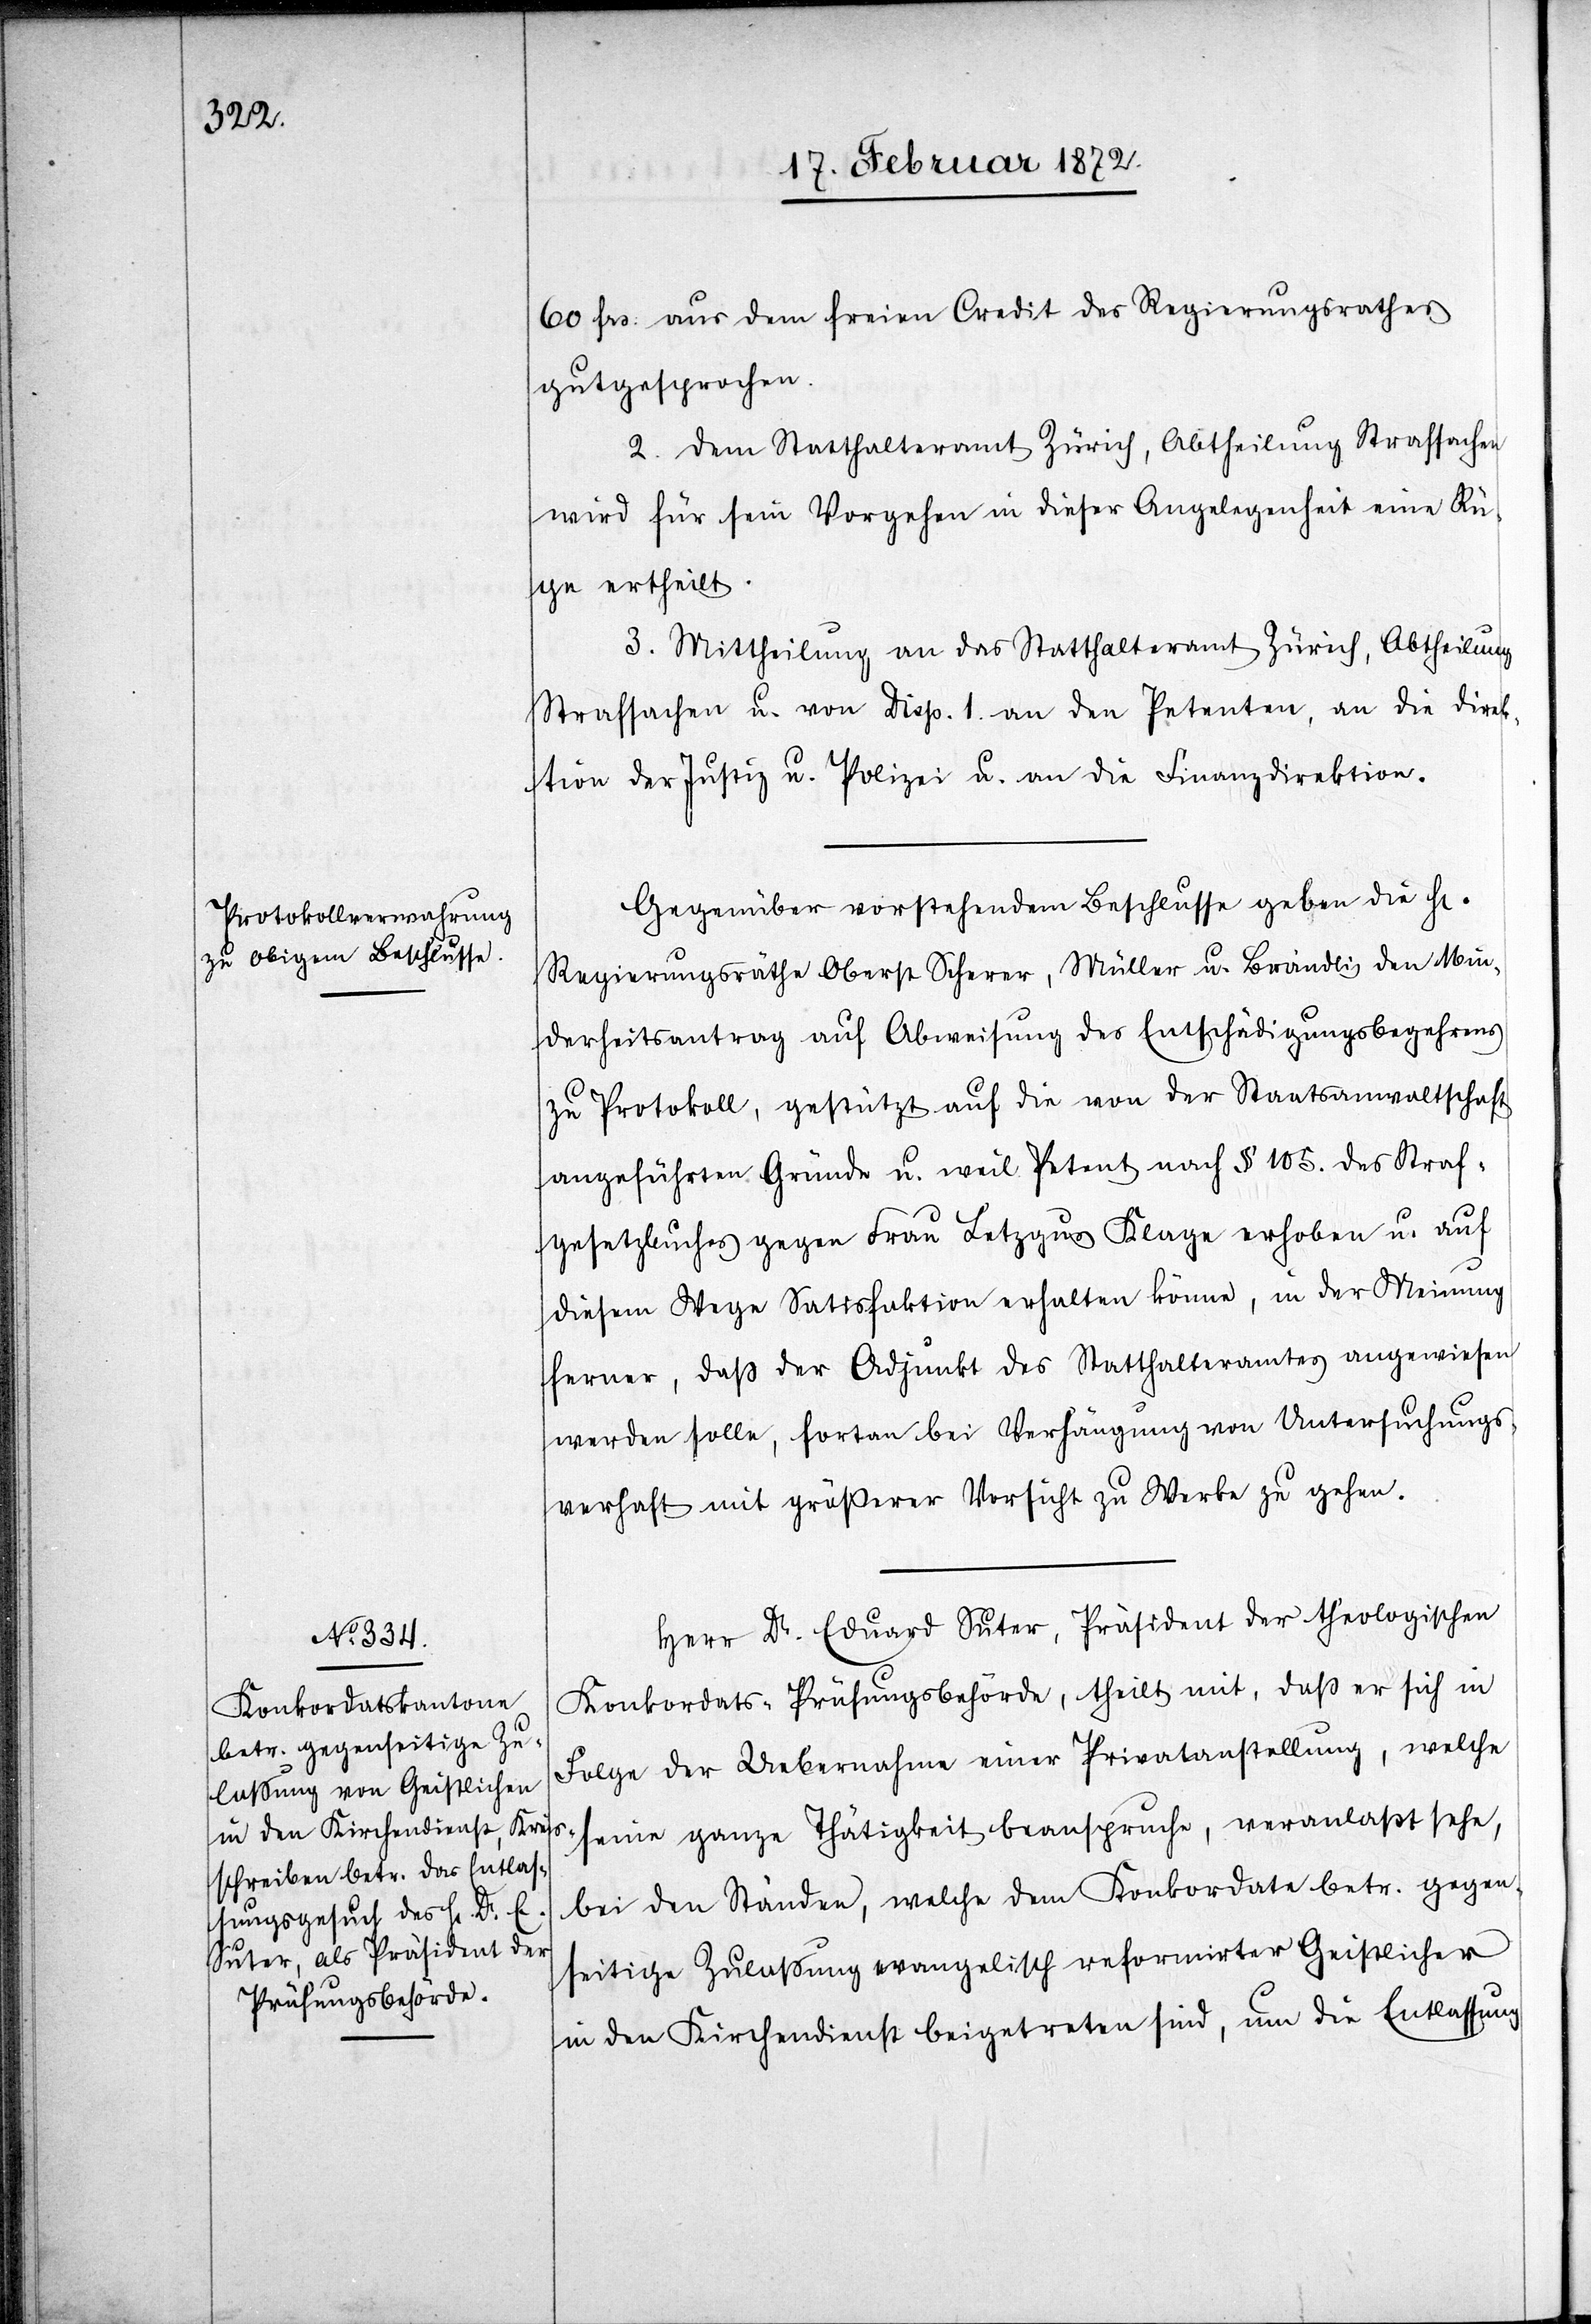
60 frs: aus dem freien Credit des Regierungsrathes
gutgesprochen.
2. Dem Statthalteramt Zürich, Abtheilung Strafsachen
wird für sein Vorgehen in dieser Angelegenheit eine Rü¬
ge ertheilt.
3. Mittheilung an das Statthalteramt Zürich, Abtheilung
Strafsachen u. von Disp. 1. an den Petenten, an die Direk¬
tion der Justiz u. Polizei u. an die Finanzdirektion.
Gegenüber vorstehendem Beschlusse geben die Hr.
Regierungsräthe Oberst Scherer, Müller u. Brändli den Min¬
derheitsantrag auf Abweisung des Entschädigungsbegehrens
zu Protokoll, gestützt auf die von der Staatsanwaltschaft
angeführten Gründe u. weil Petent nach § 105. des Straf¬
gesetzbuches gegen Frau Letzgus Klage erhoben u. auf
diesem Wege Satisfaktion erhalten könne, in der Meinung
ferner, daß der Adjunkt des Statthalteramtes angewiesen
werden solle, fortan bei Verhängung von Untersuchungs¬
verhaft mit größerer Vorsicht zu Werke zu gehen.
Herr Dr. Eduard Suter, Präsident der theologischen
Konkordats-Prüfungsbehörde, theilt mit, daß er sich in
Folge der Uebernahme einer Privatanstellung, welche
bei den Ständen, welche dem Konkordate betr. gegen¬
seitige Zulassung evangelisch reformirter Geistlicher
in den Kirchendienst beigetreten sind, um die Entlassung